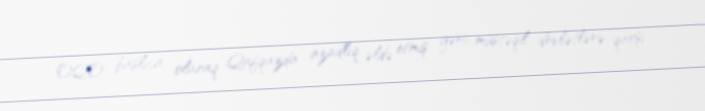
OQO, başlıca olaraq, Qafqazda azadlıq əldə etmiş gənc müstəqil dövlətlərə qarşı